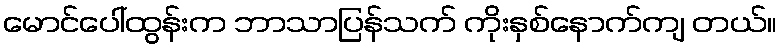
မောင်ပေါ်ထွန်းက ဘာသာပြန်သက် ကိုးနှစ်နောက်ကျ တယ်။